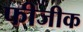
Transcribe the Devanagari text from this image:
फीजीक